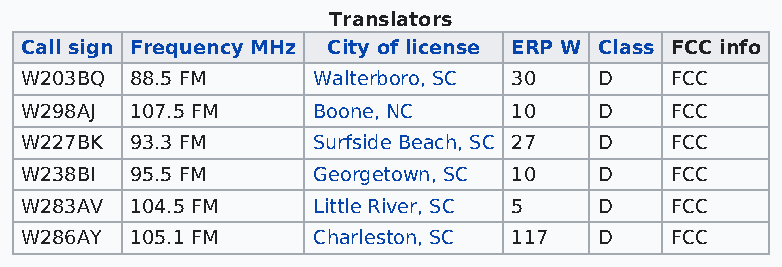
Translators
 Call sign Frequency MHz City of license ERP W Class FCC info
 W203BQ  88.5 FM     Walterboro, SC 30  D   FCC
 W298AJ  107.5 FM    Boone, NC    10    D   FCC
 W227BK  93.3 FM     Surfside Beach, SC 27 D FCC
 W238BI  95.5 FM     Georgetown, SC 10  D   FCC
 W283AV  104.5 FM    Little River, SC 5 D   FCC
 W286AY  105.1 FM    Charleston, SC 117 D   FCC